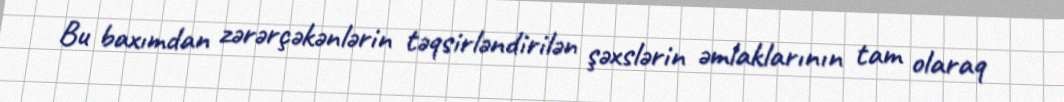
Bu baxımdan zərərçəkənlərin təqsirləndirilən şəxslərin əmlaklarının tam olaraq